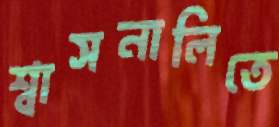
শ্বাসনালিতে